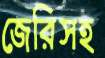
জেরিসহ